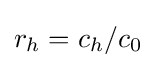
r_{h}=c_{h}/c_{0}